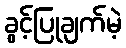
ခွင့်ပြုချက်မဲ့